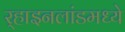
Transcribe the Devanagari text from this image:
र्‍हाइनलांडमध्ये